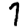
Digit: 7